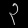
Digit: ၃